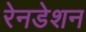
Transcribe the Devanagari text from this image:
रेनडेशन